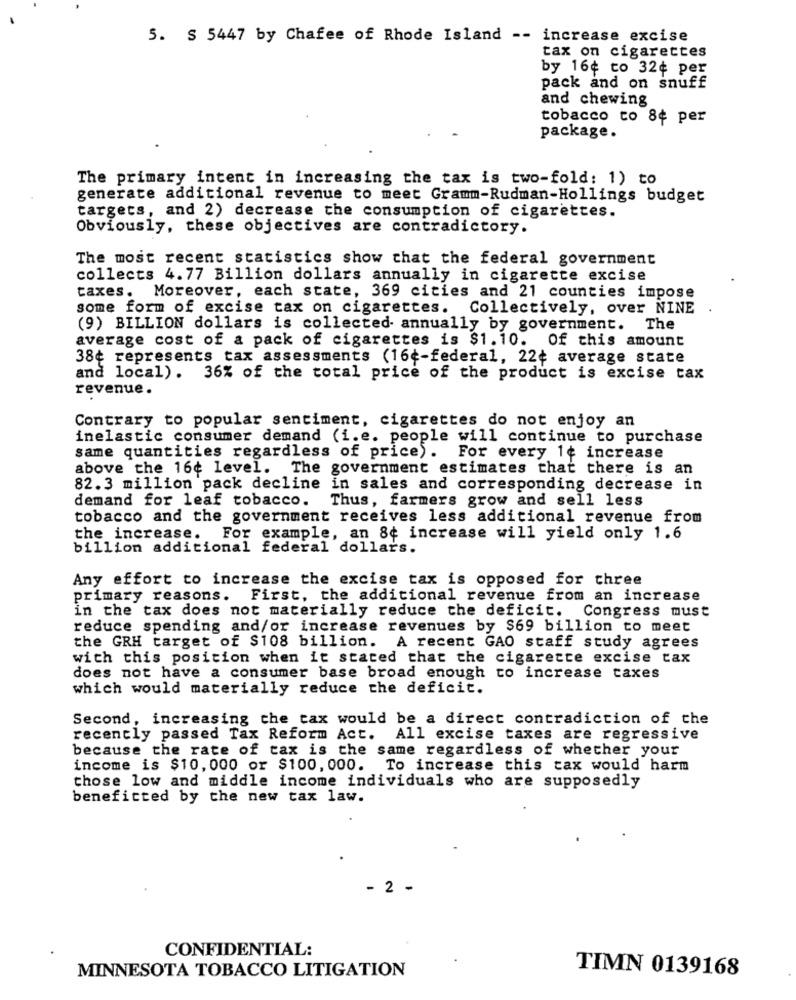
5. S 5447 by Chafee of Rhode Island -- increase excise
tax on cigarettes
by 16¢ to 32¢ per
pack and on snuff
and chewing
tobacco to 8¢ per
package.
The primary intent in increasing the tax is two-fold: 1) to
generate additional revenue to meet Gramm-Rudman-Hollings budget
targets, and 2) decrease the consumption of cigarettes.
Obviously, these objectives are contradictory.
The most recent statistics show that the federal government
collects 4.77 Billion dollars annually in cigarette excise
taxes. Moreover, each state, 369 cities and 21 counties impose
some form of excise tax on cigarettes. Collectively, over NINE
(9) BILLION dollars is collected annually by government. The
average cost of a pack of cigarettes is $1.10. Of this amount
38¢ represents tax assessments (16¢-federal, 22¢ average state
and local). 36% of the total price of the product is excise tax
revenue .
Contrary to popular sentiment, cigarettes do not enjoy an
inelastic consumer demand (i.e. people will continue to purchase
same quantities regardless of price). For every 1¢ increase
above the 16¢ level. The government estimates that there is an
82.3 million pack decline in sales and corresponding decrease in
demand for leaf tobacco. Thus, farmers grow and sell less
tobacco and the government receives less additional revenue from
the increase. For example, an 8¢ increase will yield only 1.6
billion additional federal dollars.
Any effort to increase the excise tax is opposed for three
primary reasons. First, the additional revenue from an increase
in the tax does not materially reduce the deficit. Congress must
reduce spending and/or increase revenues by $69 billion to meet
the GRH target of $108 billion. A recent GAO staff study agrees
with this position when it stated that the cigarette excise tax
does not have a consumer base broad enough to increase taxes
which would materially reduce the deficit.
Second, increasing the tax would be a direct contradiction of the
recently passed Tax Reform Act. All excise taxes are regressive
because the rate of tax is the same regardless of whether your
income is $10, 000 or $100, 000. To increase this tax would harm
those low and middle income individuals who are supposedly
benefitted by the new tax law.
- 2 -
CONFIDENTIAL:
MINNESOTA TOBACCO LITIGATION
TIMN 0139168